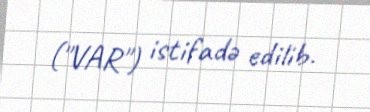
("VAR") istifadə edilib.